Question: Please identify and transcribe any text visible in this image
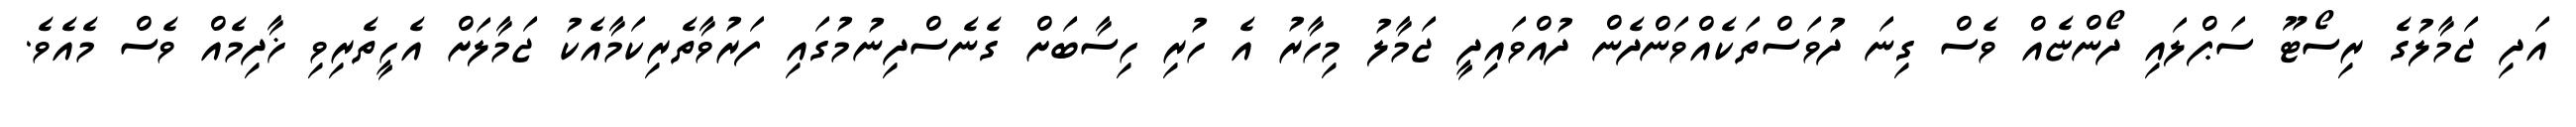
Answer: އަދި ޖަމާލުގެ ރިސޯޓޫ ސަޕްލައި ދޯންޏެއް ވެސް ގިނަ ދުވަސްތަކެއްވަންދެން ދުއްވައިދީ ޖަމާލު މިހާރު އެ ހުރި ހިސާބަށް ގެނެސްދިނުމުގައި ފަރުވާތެރިކަމާއެކު ޖަމާލަށް އެހީތެރިވި ޚާދިމެއް ވެސް މެއެވެ.